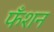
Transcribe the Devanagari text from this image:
फँशन